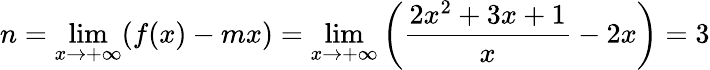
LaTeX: n=\operatorname*{lim}_{x\rightarrow+\infty}(f(x)-mx)=\operatorname*{lim}_{x\rightarrow+\infty}\left({\frac{2x^{2}+3x+1}{x}}-2x\right)=3